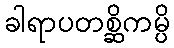
ခါရာပတစ္ဆိကမ္ပိ